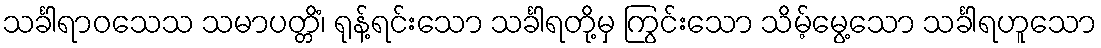
သင်္ခါရာဝသေသ သမာပတ္တိံ၊ ရုန့်ရင်းသော သင်္ခါရတို့မှ ကြွင်းသော သိမ့်မွေ့သော သင်္ခါရဟူသော